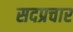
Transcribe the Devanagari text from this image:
सदप्रचार